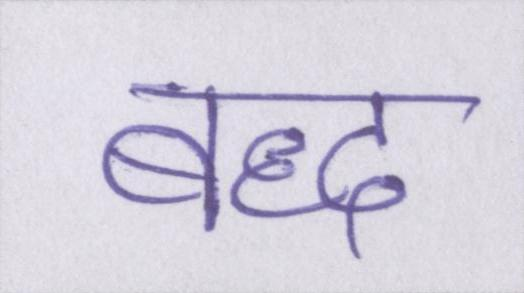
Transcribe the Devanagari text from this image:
बद्ध